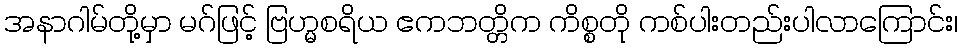
အနာဂါမ်တို့မှာ မဂ်ဖြင့် ဗြဟ္မစရိယ ဧကဘတ္တိက ကိစ္စတို ကစ်ပါးတည်းပါလာကြောင်း၊